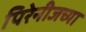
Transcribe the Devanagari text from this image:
पिरेनीजच्या